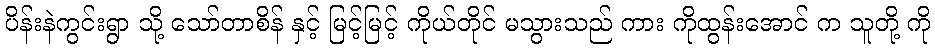
ပိန်းနဲကွင်းရွာ သို့ သော်တာစိန် နှင့် မြင့်မြင့် ကိုယ်တိုင် မသွားသည် ကား ကိုထွန်းအောင် က သူတို့ ကို